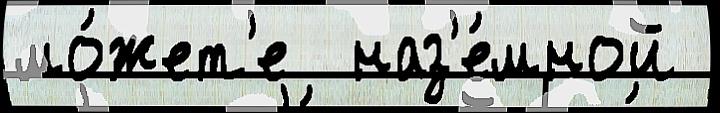
мо́жет'е  наз'е́мной